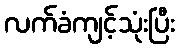
လက်ခံကျင့်သုံးပြီး